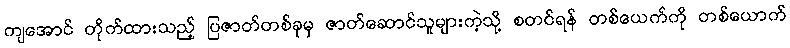
ကျအောင် တိုက်ထားသည့် ပြဇာတ်တစ်ခုမှ ဇာတ်ဆောင်သူများကဲ့သို့ စတင်ရန် တစ်ယေက်ကို တစ်ယောက်